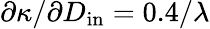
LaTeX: \partial\kappa/\partial D_{\mathrm{in}}=0.4/\lambda